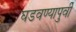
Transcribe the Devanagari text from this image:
घडवण्यापुर्वी